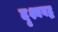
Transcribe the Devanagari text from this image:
दृश्यबद्ध